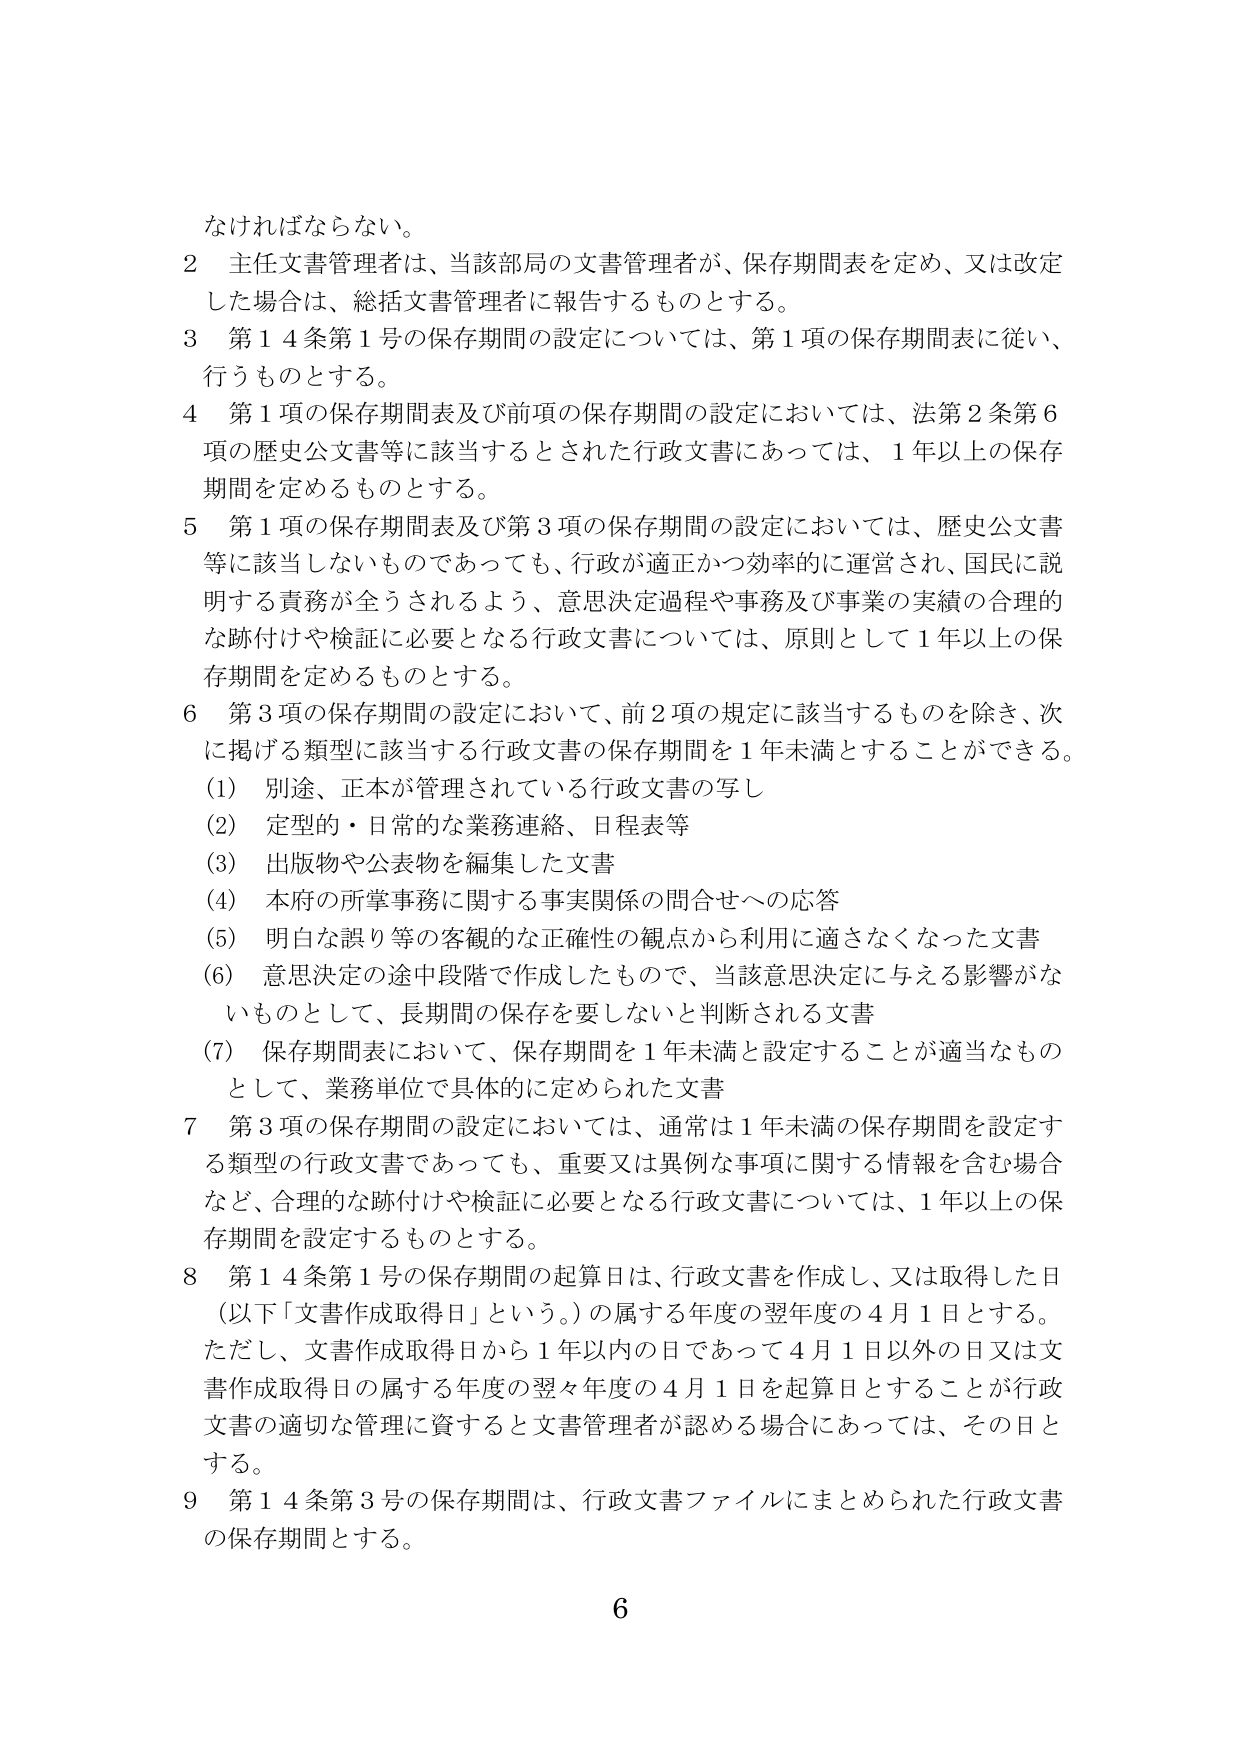
なければならない。
2 主任文書管理者は、当該部局の文書管理者が、保存期間表を定め、又は改定した場合は、総括文書管理者に報告するものとする。
3 第14条第1号の保存期間の設定については、第1項の保存期間表に従い、行うものとする。
4 第1項の保存期間表及び前項の保存期間の設定においては、法第2条第6項の歴史公文書等に該当するとされた行政文書にあっては、1年以上の保存期間を定めるものとする。
5 第1項の保存期間表及び第3項の保存期間の設定においては、歴史公文書等に該当しないものであっても、行政が適正かつ効率的に運営され、国民に説明する責務が全うされるよう、意思決定過程や事務及び事業の実績の合理的な跡付けや検証に必要となる行政文書については、原則として1年以上の保存期間を定めるものとする。
6 第3項の保存期間の設定において、前2項の規定に該当するものを除き、次に掲げる類型に該当する行政文書の保存期間を1年未満とすることができる。
(1) 別途、正本が管理されている行政文書の写し
(2) 定型的・日常的な業務連絡、日程表等
(3) 出版物や公表物を編集した文書
(4) 本府の所掌事務に関する事実関係の問合せへの応答
(5) 明白な誤り等の客観的な正確性の観点から利用に適さなくなった文書
(6) 意思決定の途中段階で作成したもので、当該意思決定に与える影響がないものとして、長期間の保存を要しないと判断される文書
(7) 保存期間表において、保存期間を1年未満と設定することが適当なものとして、業務単位で具体的に定められた文書
7 第3項の保存期間の設定においては、通常は1年未満の保存期間を設定する類型の行政文書であっても、重要又は異例な事項に関する情報を含む場合など、合理的な跡付けや検証に必要となる行政文書については、1年以上の保存期間を設定するものとする。
8 第14条第1号の保存期間の起算日は、行政文書を作成し、又は取得した日（以下「文書作成取得日」という。）の属する年度の翌年度の4月1日とする。ただし、文書作成取得日から1年以内の日であって4月1日以外の日又は文書作成取得日の属する年度の翌々年度の4月1日を起算日とすることが行政文書の適切な管理に資すると文書管理者が認める場合にあっては、その日とする。
9 第14条第3号の保存期間は、行政文書ファイルにまとめられた行政文書の保存期間とする。
6